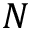
N